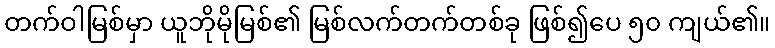
တက်ဝါမြစ်မှာ ယူဘိုမိုမြစ်၏ မြစ်လက်တက်တစ်ခု ဖြစ်၍ပေ ၅၀ ကျယ်၏။